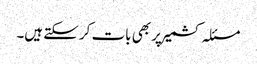
مسئلہ کشمیر پر بھی بات کر سکتے ہیں۔